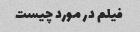
فیلم در مورد چیست